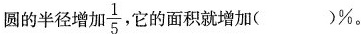
圆的半径增加\frac{1}{5}，它的面积就增加( )\%。